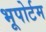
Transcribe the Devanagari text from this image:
भूपोर्टम